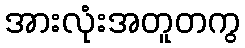
အားလုံးအတူတကွ